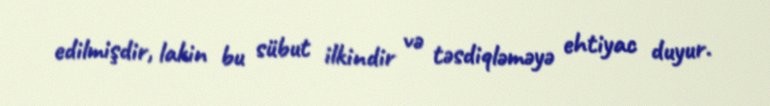
edilmişdir, lakin bu sübut ilkindir və təsdiqləməyə ehtiyac duyur.